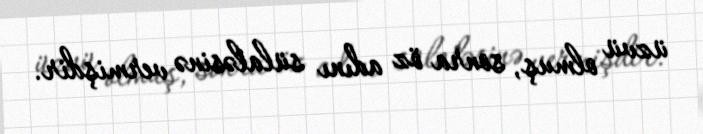
üzvü olmuş, sonra öz adını sülaləsinə vermişdir.